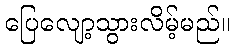
ပြေလျော့သွားလိမ့်မည်။